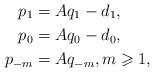
LaTeX: \begin{align*} p_1&=Aq_1-d_1,\\ p_0&=Aq_0-d_0,\\ p_{-m}&=Aq_{-m},m\geqslant 1,\end{align*}